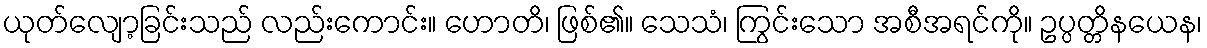
ယုတ်လျော့ခြင်းသည် လည်းကောင်း။ ဟောတိ၊ ဖြစ်၏။ သေသံ၊ ကြွင်းသော အစီအရင်ကို။ ဥပ္ပတ္တိနယေန၊